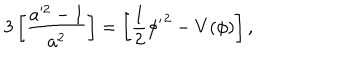
3 \left[ \frac { a ^ { 2 } - 1 } { a ^ { 2 } } \right] = \left[ \frac { 1 } { 2 } { \phi ^ { \prime } } ^ { 2 } - V ( \phi ) \right] ,